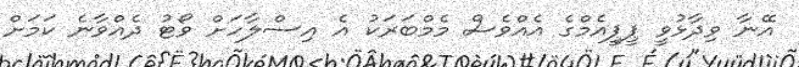
އޭނާ ވިދާޅުވީ ޕީޕީއެމްގެ އެއްވެސް މެމްބަރަކު އެ އިސްލާހަށް ވޯޓު ދެއްވާނެ ކަމަށް